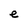
Character: e